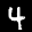
Label: 4